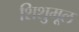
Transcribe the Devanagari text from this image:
शिशुमूल